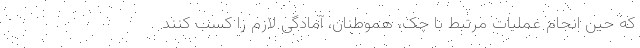
که حین انجام عملیات مرتبط با چک، هموطنان، آمادگی لازم را کسب کنند